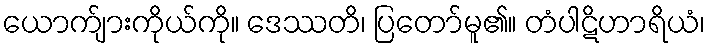
ယောက်ျားကိုယ်ကို။ ဒေဿတိ၊ ပြတော်မူ၏။ တံပါဋိဟာရိယံ၊